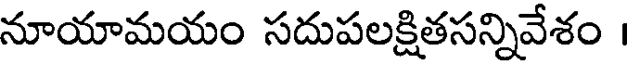
నూయామయం సదుపలక్షితసన్నివేశం